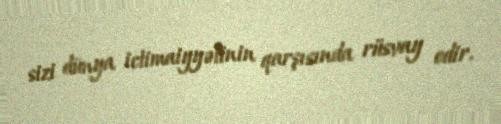
sizi dünya ictimaiyyətinin qarşısında rüsvay edir.